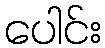
ပေါင်း